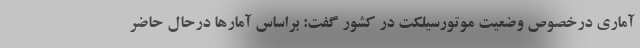
آماری درخصوص وضعیت موتورسیلکت در کشور گفت: براساس آمارها درحال حاضر